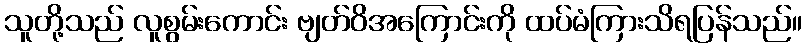
သူတို့သည် လူစွမ်းကောင်း ဗျတ်ဝိအကြောင်းကို ထပ်မံကြားသိရပြန်သည်။